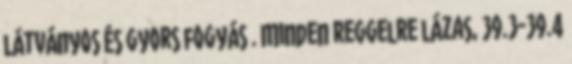
látványos és gyors fogyás . Minden reggelre lázas, 39.3-39.4